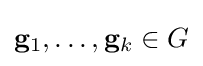
\mathbf {g} _{1},\ldots ,\mathbf {g} _{k}\in G